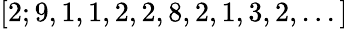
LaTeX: [2;9,1,1,2,2,8,2,1,3,2,...]